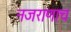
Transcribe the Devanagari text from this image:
नजराणाच